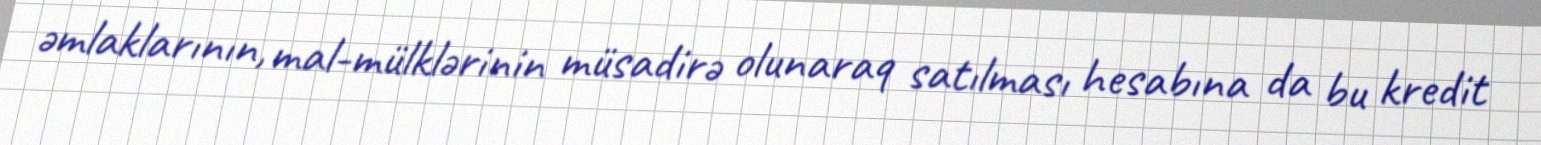
əmlaklarının, mal-mülklərinin müsadirə olunaraq satılması hesabına da bu kredit